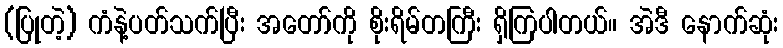
(ပြုတဲ့) ကံနဲ့ပတ်သက်ပြီး အတော်ကို စိုးရိမ်တကြီး ရှိကြပါတယ်။ အဲဒီ နောက်ဆုံး